Document type: bank_statement
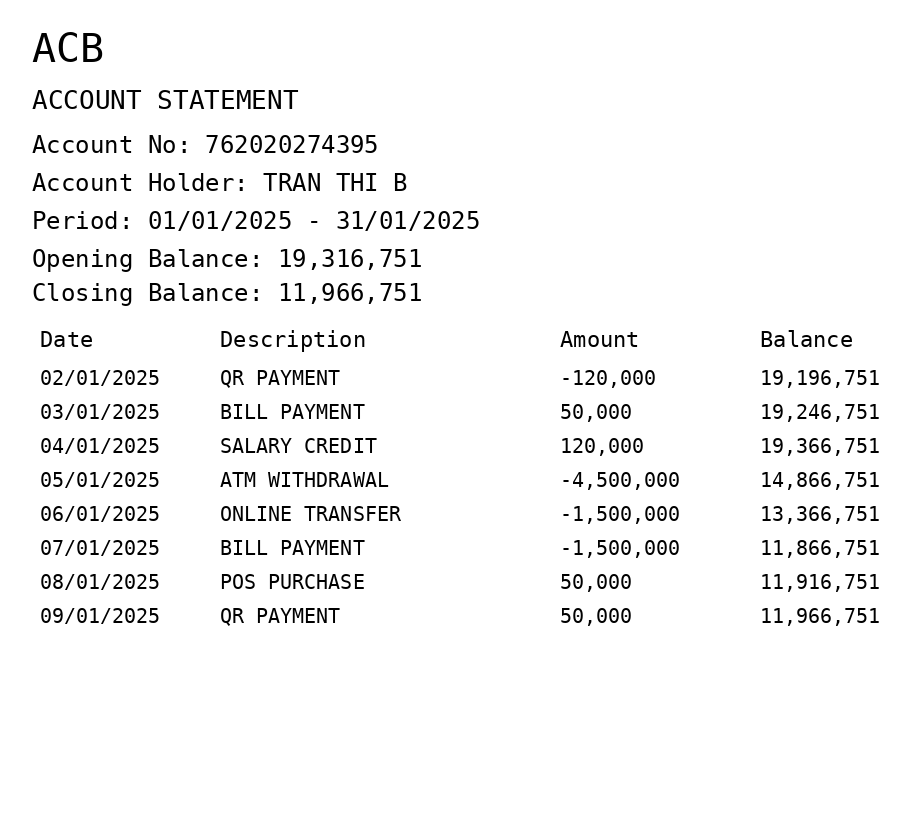
OCR transcript:
ACB
ACCOUNT STATEMENT
Account No: 762020274395
Account Holder: TRAN THI B
Period: 01/01/2025 - 31/01/2025
Opening Balance: 19,316,751
Closing Balance: 11,966,751
Date
Description
Amount
Balance
02/01/2025
QR PAYMENT
-120,000
19,196,751
03/01/2025
BILL PAYMENT
50,000
19,246,751
04/01/2025
SALARY CREDIT
120,000
19,366,751
05/01/2025
ATM WITHDRAWAL
-4,500,000
14,866,751
06/01/2025
ONLINE TRANSFER
-1,500,000
13,366,751
07/01/2025
BILL PAYMENT
-1,500,000
11,866,751
08/01/2025
POS PURCHASE
50,000
11,916,751
09/01/2025
QR PAYMENT
50,000
11,966,751
Extracted fields:
bank_name: acb
account_number: 762020274395
account_holder: tran thi b
statement_period: 01/01/2025 - 31/01/2025
opening_balance: 19316751
closing_balance: 11966751
transactions: date: 2025-01-02
description: qr payment
amount: -120000
balance: 19196751
date: 2025-01-03
description: bill payment
amount: 50000
balance: 19246751
date: 2025-01-04
description: salary credit
amount: 120000
balance: 19366751
date: 2025-01-05
description: atm withdrawal
amount: -4500000
balance: 14866751
date: 2025-01-06
description: online transfer
amount: -1500000
balance: 13366751
date: 2025-01-07
description: bill payment
amount: -1500000
balance: 11866751
date: 2025-01-08
description: pos purchase
amount: 50000
balance: 11916751
date: 2025-01-09
description: qr payment
amount: 50000
balance: 11966751